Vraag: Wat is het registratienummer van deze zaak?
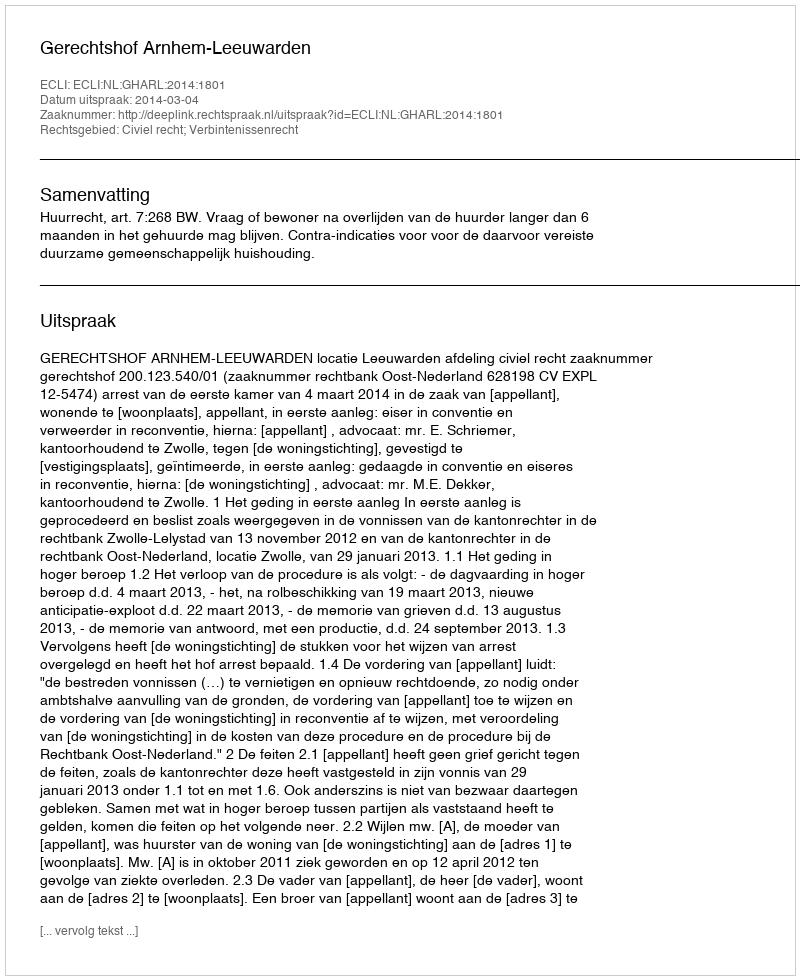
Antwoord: http://deeplink.rechtspraak.nl/uitspraak?id=ECLI:NL:GHARL:2014:1801